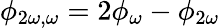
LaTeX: \phi_{2\omega,\omega}=2\phi_{\omega}-\phi_{2\omega}